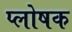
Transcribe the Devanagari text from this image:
प्लोषक